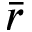
\bar { r }